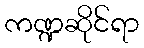
ကဏ္ဍဆိုင်ရာ